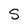
Character: S